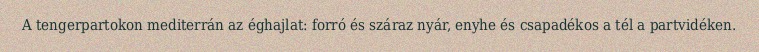
A tengerpartokon mediterrán az éghajlat: forró és száraz nyár, enyhe és csapadékos a tél a partvidéken.